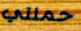
حملتي